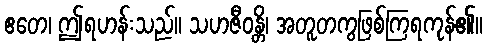
ဧတေ၊ ဤရဟန်းသည်။ သဟဇီဝန္တိ၊ အတူတကွဖြစ်ကြရကုန်၏။